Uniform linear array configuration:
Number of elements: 12
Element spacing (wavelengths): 0.75
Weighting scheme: cosine
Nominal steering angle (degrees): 30
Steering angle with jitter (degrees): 31.424
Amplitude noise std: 0.05
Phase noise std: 0.05

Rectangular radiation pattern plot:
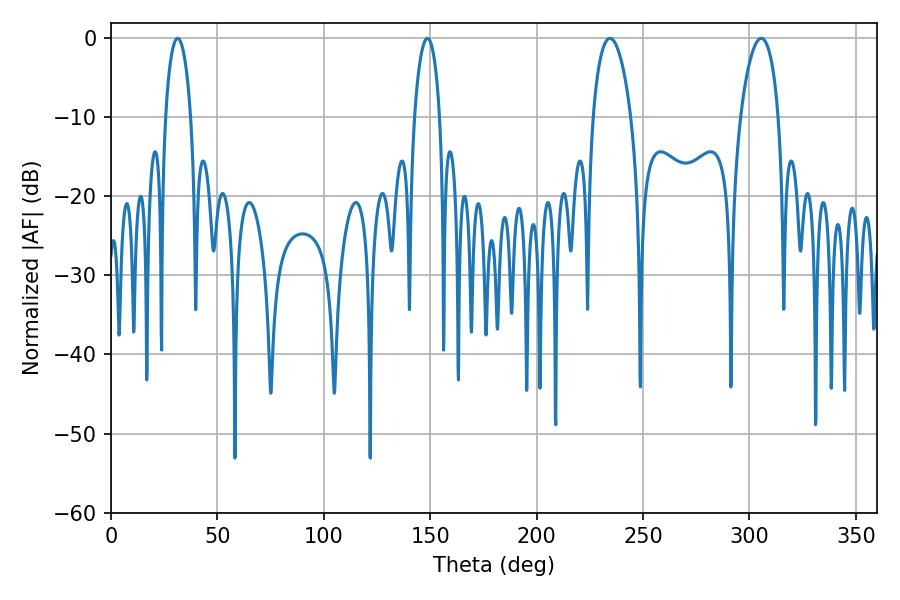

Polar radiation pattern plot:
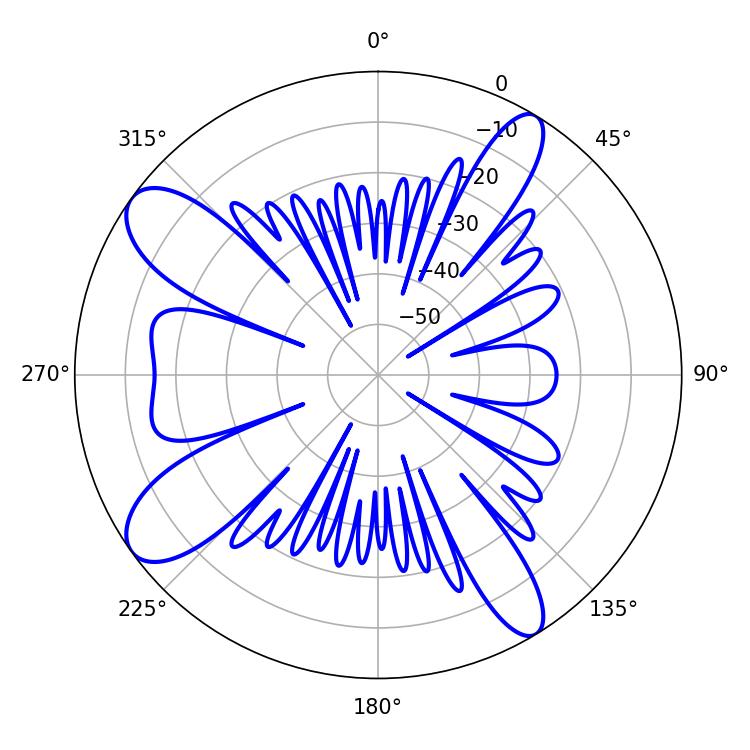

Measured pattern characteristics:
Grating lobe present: TRUE
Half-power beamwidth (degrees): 6.66
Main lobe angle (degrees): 31.32